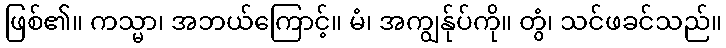
ဖြစ်၏။ ကသ္မာ၊ အဘယ်ကြောင့်။ မံ၊ အကျွန်ုပ်ကို။ တွံ၊ သင်ဖခင်သည်။